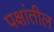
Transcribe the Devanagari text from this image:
पक्षांतील